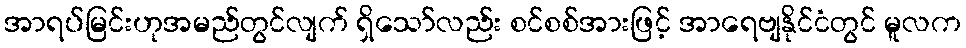
အာရပ်မြင်းဟုအမည်တွင်လျက် ရှိသော်လည်း စင်စစ်အားဖြင့် အာရေဗျနိုင်ငံတွင် မူလက